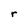
Character: r